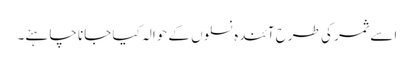
اسے ثمر کی طرح آئندہ نسلوں کے حوالہ کیا جانا چاہئے۔